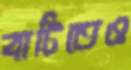
বাটিতেও